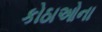
કોઠાઓના